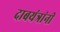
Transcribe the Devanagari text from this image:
दाबयंत्रांनी